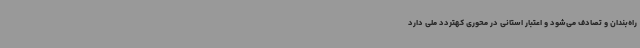
راه‌بندان و تصادف می‌شود و اعتبار استانی در محوری کهتردد ملی دارد